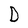
Character: D